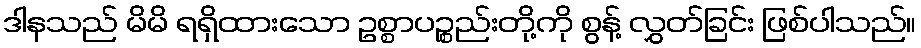
ဒါနသည် မိမိ ရရှိထားသော ဥစ္စာပဉ္စည်းတို့ကို စွန့် လွှတ်ခြင်း ဖြစ်ပါသည်။